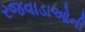
રજવાડાઓની